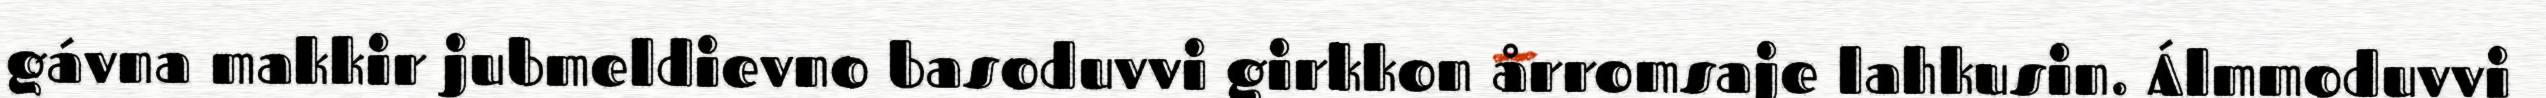
gávna makkir jubmeldievno basoduvvi girkkon årromsaje lahkusin. Álmmoduvvi